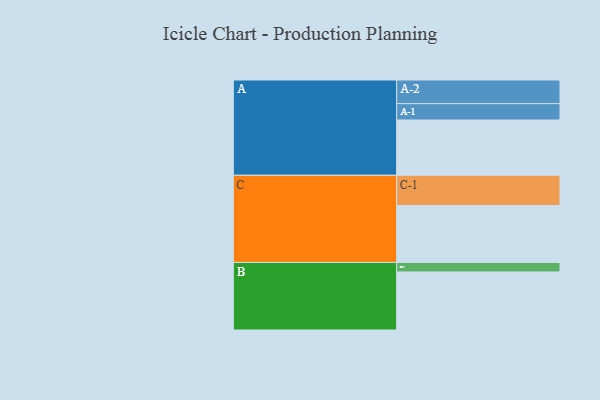
{"axis": {"x": "Segment", "y": "Value"}, "legend": ["", "A", "B", "C"], "data": [{"x": "A", "y": 456, "type": ""}, {"x": "B", "y": 479, "type": ""}, {"x": "C", "y": 470, "type": ""}, {"x": "A-1", "y": 135, "type": "A"}, {"x": "A-2", "y": 195, "type": "A"}, {"x": "B-1", "y": 78, "type": "B"}, {"x": "C-1", "y": 249, "type": "C"}]}